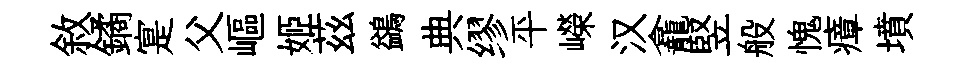
敘鐍寔父嶇姬茲鷁典缪平嶸汉龕竪般愧瘴墳